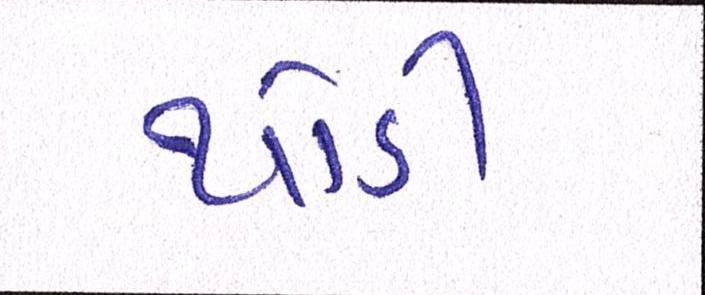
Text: થોડી